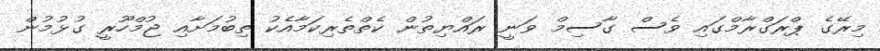
މިރޭގެ ޕްރަގްރާމްގައި ވެސް ގާސިމް ވަނީ ރައްޔިތުން ކެތްތެރިކަމާއެކު ތިބުމަށާއި ޖުމްހޫރީ ގުޅުމުން